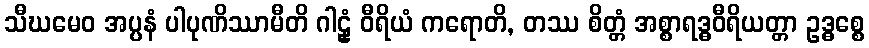
သီဃမေဝ အပ္ပနံ ပါပုဏိဿာမီတိ ဂါဠှံ ဝီရိယံ ကရောတိ, တဿ စိတ္တံ အစ္စာရဒ္ဓဝီရိယတ္တာ ဥဒ္ဓစ္စေ